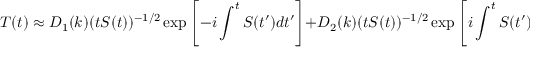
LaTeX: T ( t ) \approx D _ { 1 } ( k ) ( t S ( t ) ) ^ { - 1 / 2 } \exp \left[ - i \int ^ { t } S ( t ^ { \prime } ) d t ^ { \prime } \right] + D _ { 2 } ( k ) ( t S ( t ) ) ^ { - 1 / 2 } \exp \left[ i \int ^ { t } S ( t ^ { \prime } ) d t ^ { \prime } \right] .